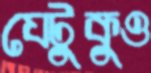
যেটুকুও